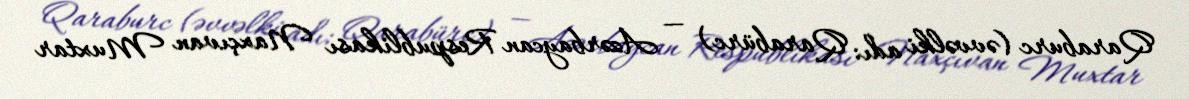
Qaraburc (əvvəlki adı: Qarabürc) — Azərbaycan Respublikası Naxçıvan Muxtar